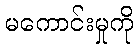
မကောင်းမှုကို